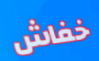
خفاش